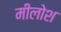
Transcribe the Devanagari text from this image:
मीलोश